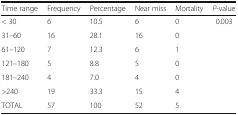
<table><thead><tr><td><b>Time range</b></td><td><b>Frequency</b></td><td><b>Percentage</b></td><td><b>Near miss</b></td><td><b>Mortality</b></td><td><b><i>P</i>-value</b></td></tr></thead><tbody><tr><td>&lt; 30</td><td>6</td><td>10.5</td><td>6</td><td>0</td><td>0.003</td></tr><tr><td>31–60</td><td>16</td><td>28.1</td><td>16</td><td>0</td><td></td></tr><tr><td>61–120</td><td>7</td><td>12.3</td><td>6</td><td>1</td><td></td></tr><tr><td>121–180</td><td>5</td><td>8.8</td><td>5</td><td>0</td><td></td></tr><tr><td>181–240</td><td>4</td><td>7.0</td><td>4</td><td>0</td><td></td></tr><tr><td>&gt;240</td><td>19</td><td>33.3</td><td>15</td><td>4</td><td></td></tr><tr><td>TOTAL</td><td>57</td><td>100</td><td>52</td><td>5</td><td></td></tr></tbody></table>